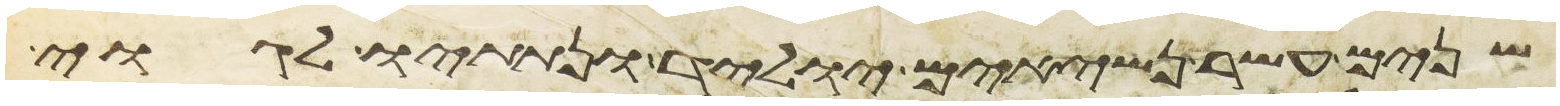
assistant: שנים עשר נשיאים יוליד ונתתיו לגוי